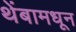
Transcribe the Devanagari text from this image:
थेंबामधून